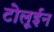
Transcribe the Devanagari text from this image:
टोलूईन